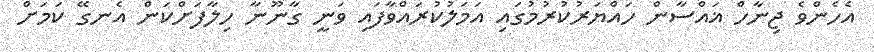
އެހެންވެ ޖިނާހް ޣައްސާން ހައްޔަރުކުރުމުގައި އަމަލުކުރައްވާފައި ވަނީ ގާނޫނާ ހިލާފަށްކަން އެނގޭ ކަމަށް